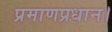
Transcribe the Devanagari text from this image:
प्रमाणप्रधान।